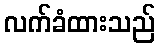
လက်ခံထားသည်